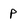
Character: p